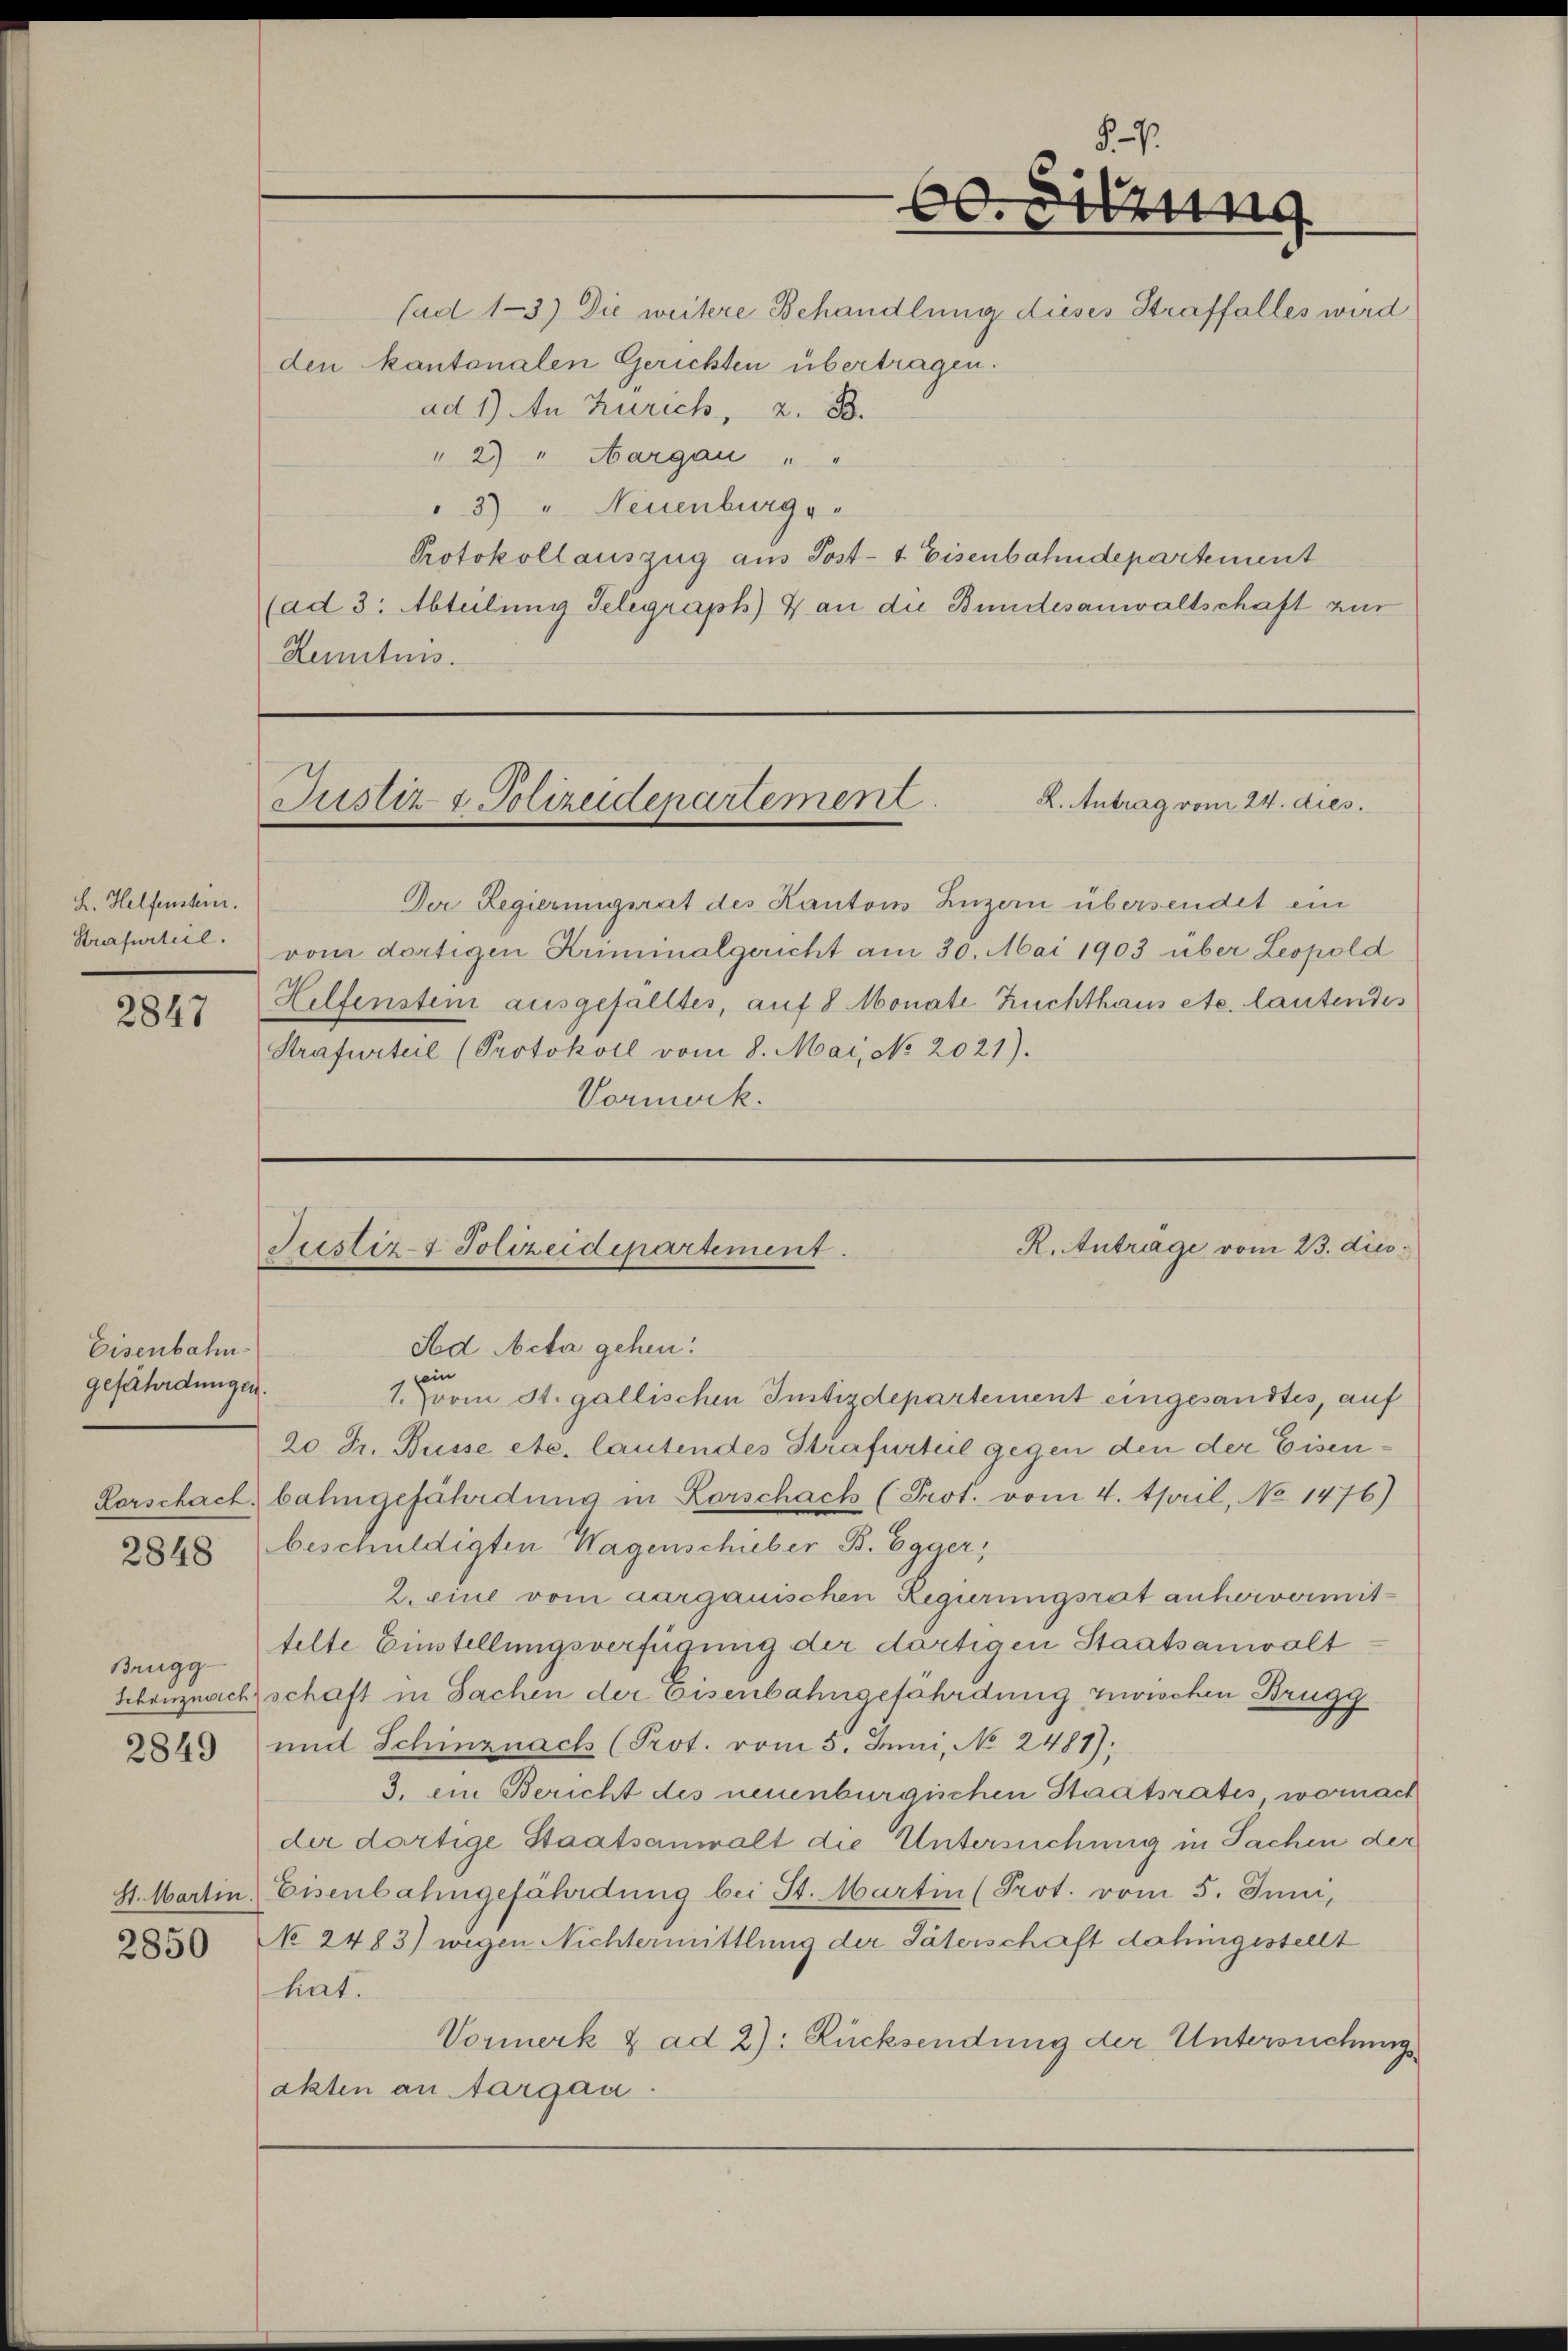
L. Helfenstein.
Strafurteil.

2847

Eisenbahn.
gefährdungen.

Brugg
2849

den kantonalen Gerichten übertragen.
ad 1) An Zürich, z. B.
" 2) " Aargau " "
3) " Neuenburgs
Protokollauszug aus Post- & Eisenbahndepartement
(ad 3: Abteilung Seligraph) 4 an die Bundesanwaltschaft zur
Henitums.

2850

§. 7.
Sitzung

(ad 13) Die weitere Behandlung dieses Straffalles wird

R. Antrag vom 24. dies.
Justiz- & Polizeidepartement

R. Anträge vom 23. dies
Justiz- Polizeidepartement.

Der Regierungsrat des Kantons Luzern übersendet ein
vom dortigen Kriminalgericht am 30. Mai 1903 über Leopold
Helfensten ausgefalltes, auf 8 Monate Zuchthaus etc. lautendes
Strafurteil (Protokoll vom 8. Mai, No. 2021).
Vormerk.

Fod Acta gehen.
ein
1. vom St. gallischen Justizdepartement eingesandtes, auf
20 Fr. Busse etc. lautendes Strafurteil gegen den der Eisen¬
Forschach, bahngefährdung in Korschach (Prot. vom 4. April, No 1476)
2848 beschuldigten Wagenschuber B. Egger,
2. eine vom aargauischen Regierungsrat anhervermittelte Einstellungsverfügung der dortigen Staatsanwalt¬
Scbenznach schaft in Sachen der Eisenbahngefährdung zwischen Brugg
und Schinznach (Prot. vom 5. Juni, No 2481).
3. ein Bericht des neuenburgischen Staatsrates, wornach
der dortige Staatsanwalt die Untersuchung in Sachen der
St. Martin Eisenbahngefährdung bei St. Martin (Prot. vom 5. Juni,
No 2483) wegen Nichtermittlung der Täterschaft dahingestellt
hat.
Vormerk & ad 2): Rücksendung der Untersuchungs
akten an Aargau.